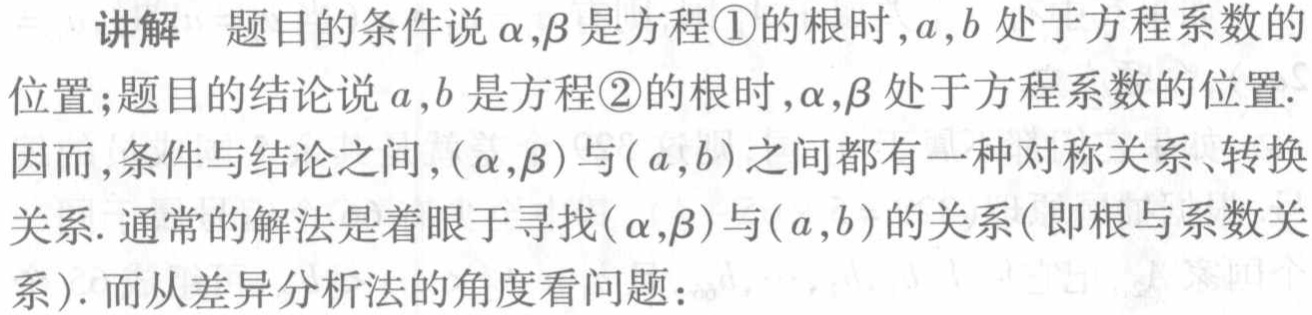
讲解 题目的条件说\(\alpha,\beta\)是方程\textcircled{1}的根时,\(a,b\)处于方程系数的
位置;题目的结论说\(a,b\)是方程\textcircled{2}的根时,\(\alpha,\beta\)处于方程系数的位置.
因而,条件与结论之间,\((\alpha,\beta)\)与\((a,b)\)之间都有一种对称关系、转换
关系. 通常的解法是着眼于寻找\((\alpha,\beta)\)与\((a,b)\)的关系(即根与系数关
系). 而从差异分析法的角度看问题: